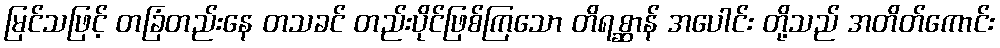
မြင်သဖြင့် တခြံတည်းနေ တသခင် တည်းပိုင်ဖြစ်ကြသော တိရစ္ဆာန် အပေါင်း တို့သည် အတိတ်ကောင်း